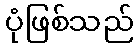
ပုံဖြစ်သည်